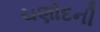
ચણોદની